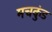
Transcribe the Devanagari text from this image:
मचकुंड